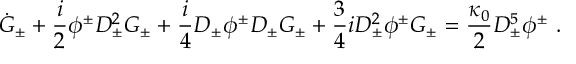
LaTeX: \dot { G } _ { \pm } + \frac { i } { 2 } \phi ^ { \pm } D _ { \pm } ^ { 2 } G _ { \pm } + \frac { i } { 4 } D _ { \pm } \phi ^ { \pm } D _ { \pm } G _ { \pm } + \frac { 3 } { 4 } i D _ { \pm } ^ { 2 } \phi ^ { \pm } G _ { \pm } = \frac { \kappa _ { 0 } } { 2 } D _ { \pm } ^ { 5 } \phi ^ { \pm } ~ .